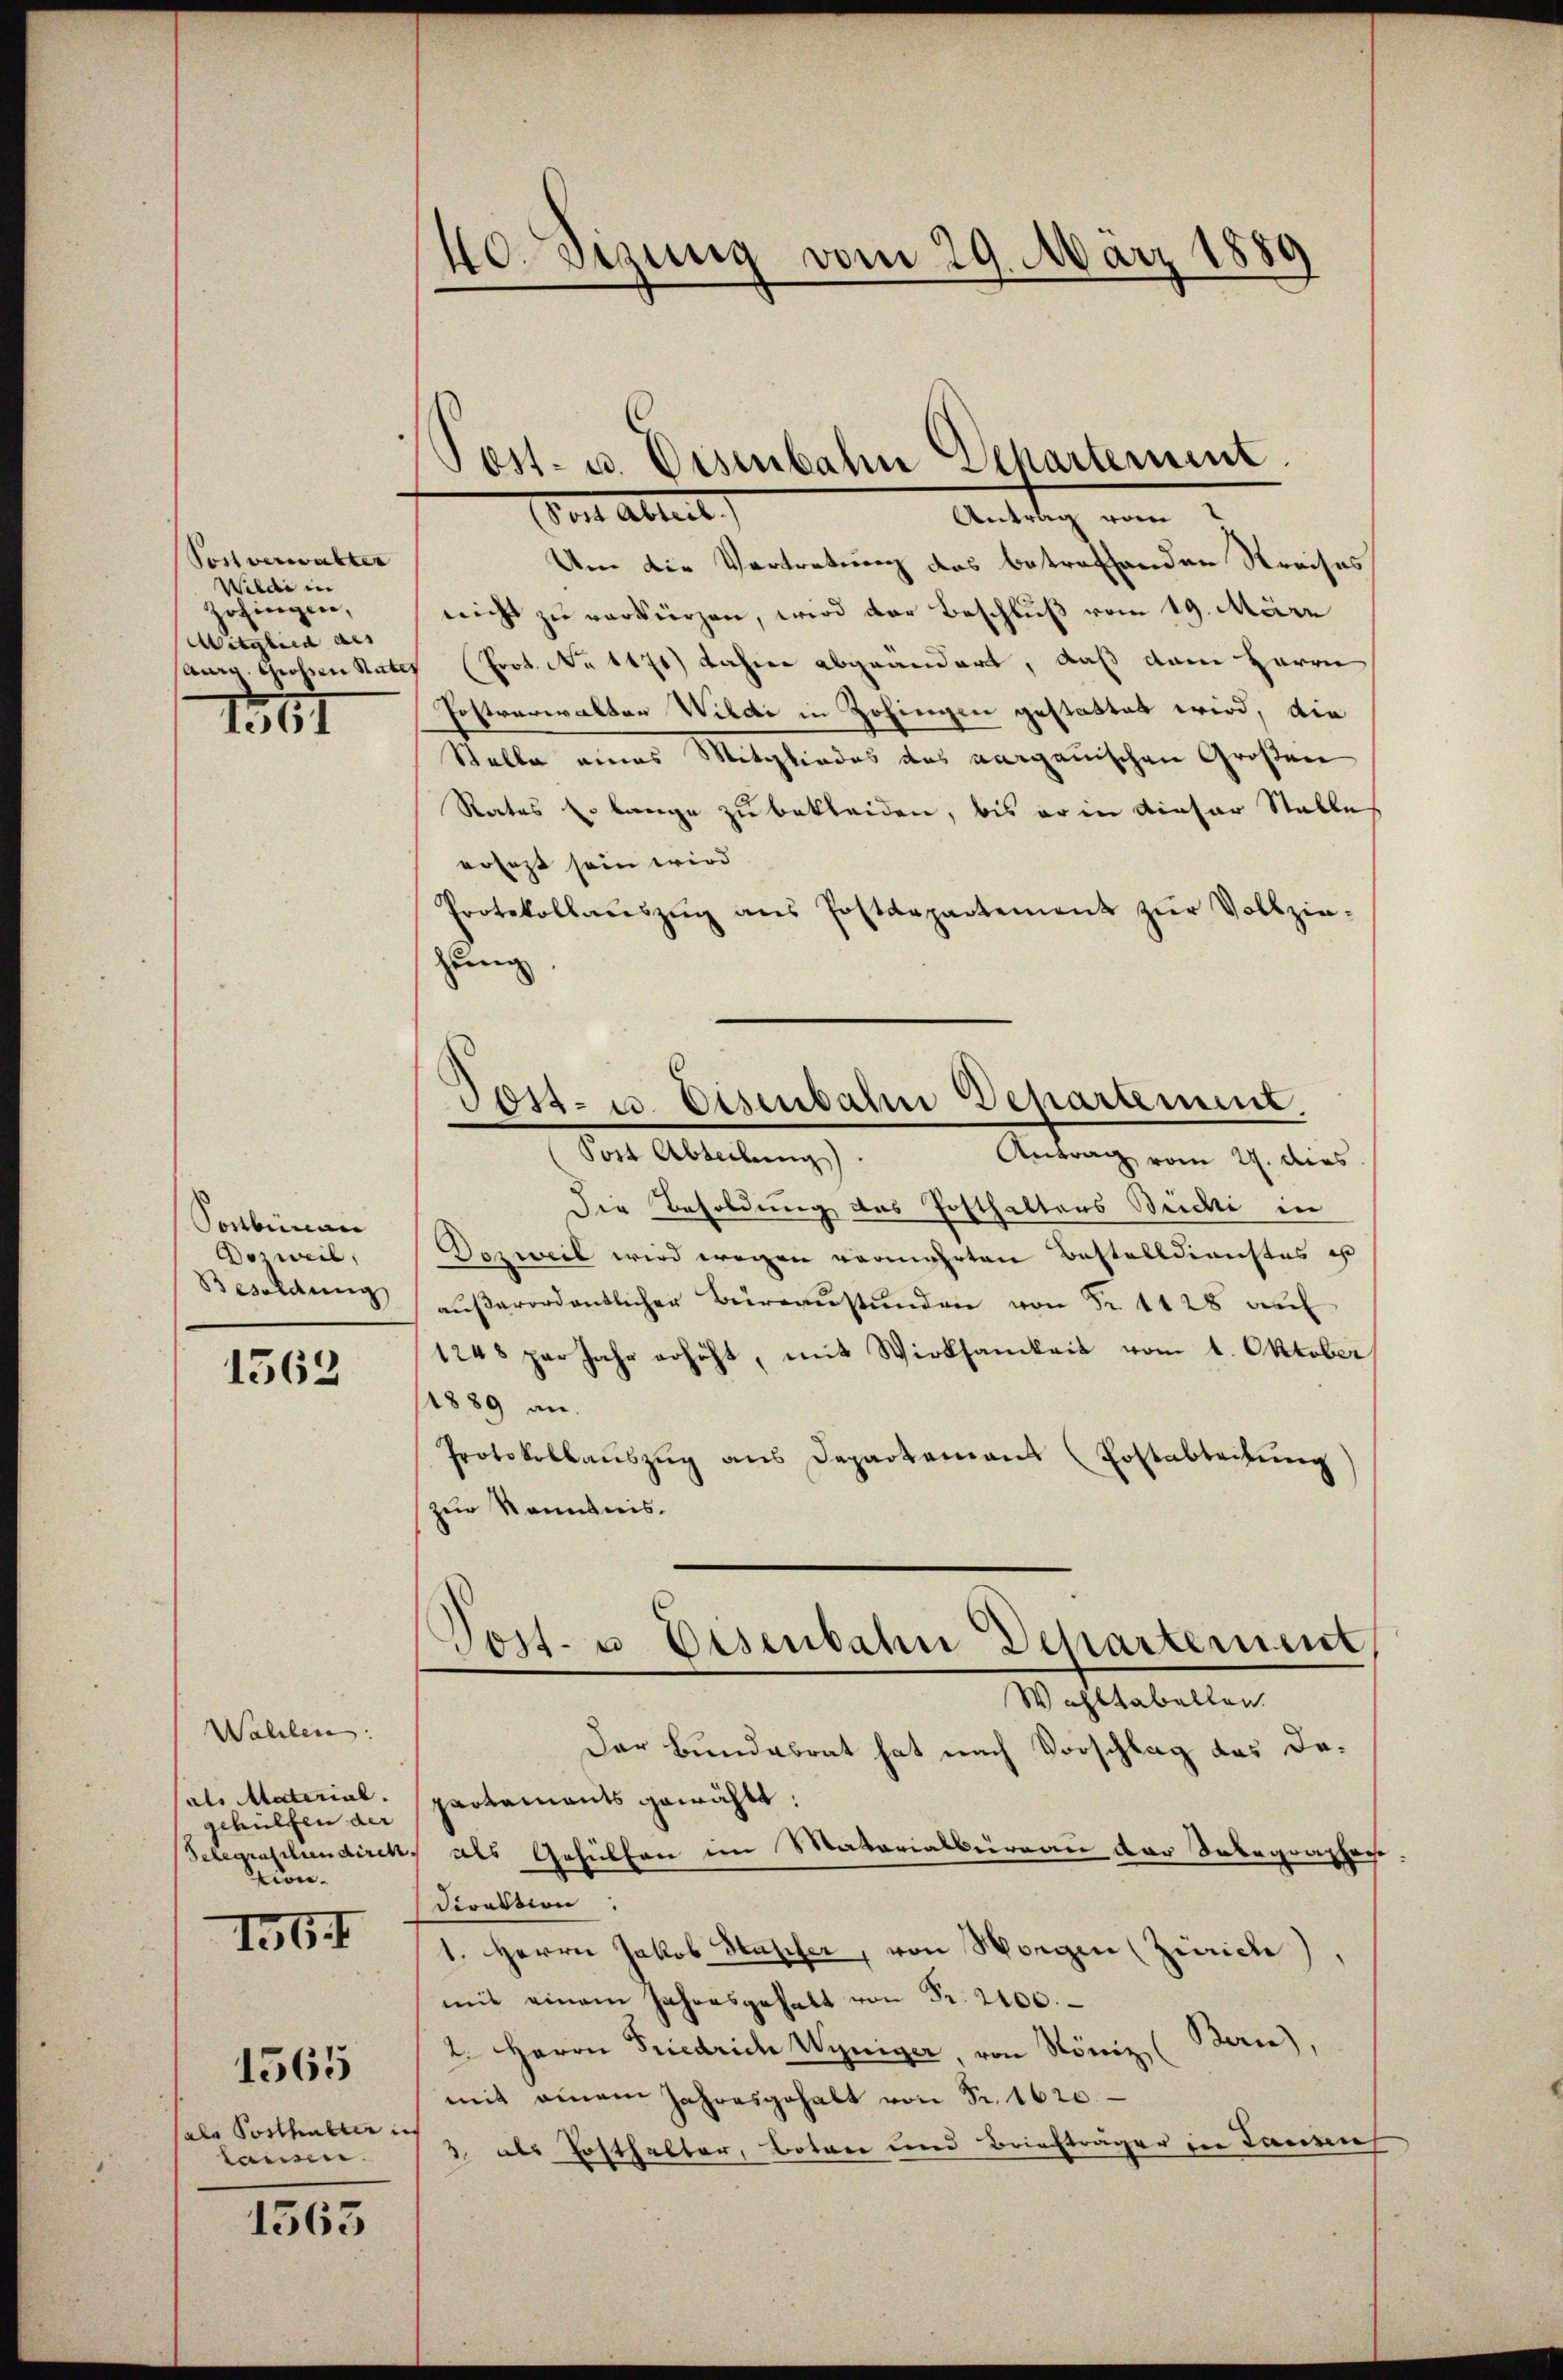
Postverwalter
Wilde in
Zofingen,
Mitglied des
aura Großen Rats

1541

Ponbureau
Gorweil,
Besoldung

1562

Wahlen:
als Material.
gehülfen der
on¬

1564

ale Posthalter nich
lannen.

1565

1563

40. sezung vom 29. März 1889

Post. u. Eisenbahn Departement.

Antrag vom 7
Um die Vertretung des betreffenden Streises
nicht zu verkürzen, wird der Beschluß vom 19. März
e (Prot. No 1471) Jahre abgeändert, daß dem Herrn
Postverwalter Wilde in Zofingen gestattet wird, die
Stelle eines Mitgliedes des aargauischen Großen
Rates Er lange zu bekleiden, bis er in dieser Stalle
ersezt sein wird
Protokollaŭszŭg ans Postdepartement zŭr Vollzie-
zung
dat. Ableitung
Antrag vom 22. dies
Die Besoldung des Posthaltens Beichi in
Dezweil wird wegen vermehrten Bestelldienstes ist
aŭβerordentlicher Büreaŭstŭnden von Fr. 1428 au
1248 par Jahr erhöht, mit Wirksamkeit vom 1. Oktober
(1889 an
Protokollauszug aus Departement (Postabteilung
zur Kenntnis.
Post- u. Eisenbahn Dchartement
Wohltabellen.
Der Bundesrat hat nach Vorschlag das Dopartements gewählt:
Selegralsundirek, als Gehülfen im Materialbureau der Inbegrapher
Direktion
1. Herrn Jakob Hasser, von Morgen (Zürich)
mit einem Jahresgehalt von Fr. 2100.
Ban),
2. Herrn Friedrich Weniger von Königl
mit einem Jahresgehalt von Fr. 1620
3. als Ersthalter, botan und Briefträger in Tanzen

o Abteil

Post- u. Eisenbahn Departement.